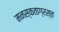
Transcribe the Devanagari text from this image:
मनस्कताग्रस्त